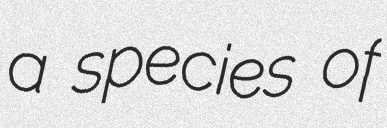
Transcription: a species of